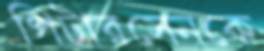
পিটারসেনকে